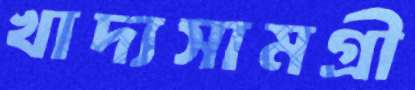
খাদ্যসামগ্রী